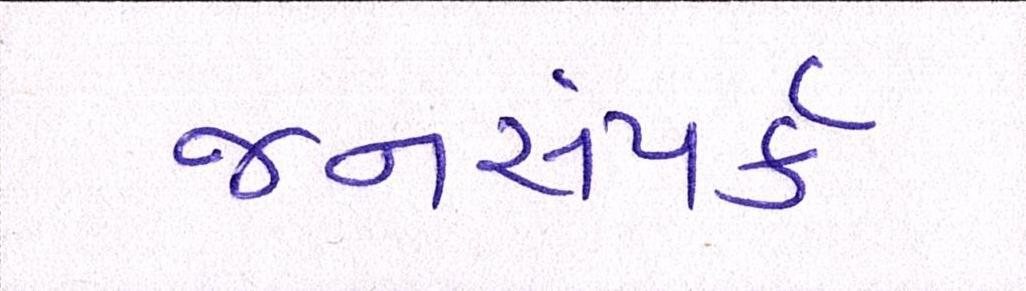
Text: જનસંપર્ક